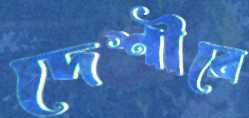
দেশীরে